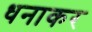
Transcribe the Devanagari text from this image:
धनाकर